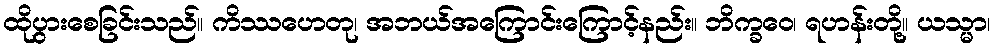
ထိုပွားစေခြင်းသည်။ ကိဿဟေတု၊ အဘယ်အကြောင်းကြောင့်နည်း။ ဘိက္ခဝေ၊ ရဟန်းတို့။ ယသ္မာ၊